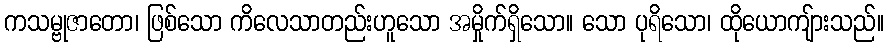
ကသမ္ဗုဇာတော၊ ဖြစ်သော ကိလေသာတည်းဟူသော အမှိုက်ရှိသော။ သော ပုရိသော၊ ထိုယောကျ်ားသည်။